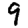
Digit: 9